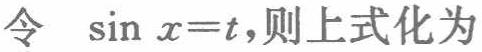
令 $\sin x=t$,则上式化为